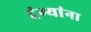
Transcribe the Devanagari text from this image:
दंग्यांना